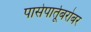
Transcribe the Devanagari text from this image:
पासेपार्तूबरोबर